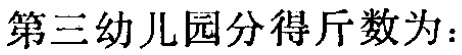
第三幼儿园分得斤数为：